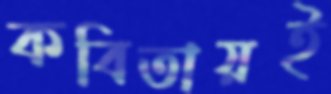
কবিতায়ই